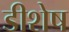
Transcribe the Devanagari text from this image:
डीशेष